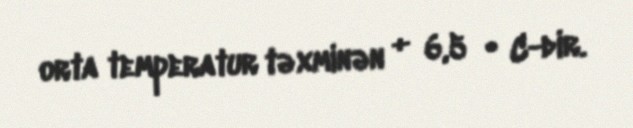
orta temperatur təxminən + 6,5 ° C-dir.